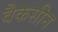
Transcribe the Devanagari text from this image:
वैकसीन